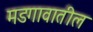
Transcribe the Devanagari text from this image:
मडगावातील